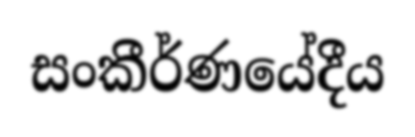
සංකීර්ණයේදීය